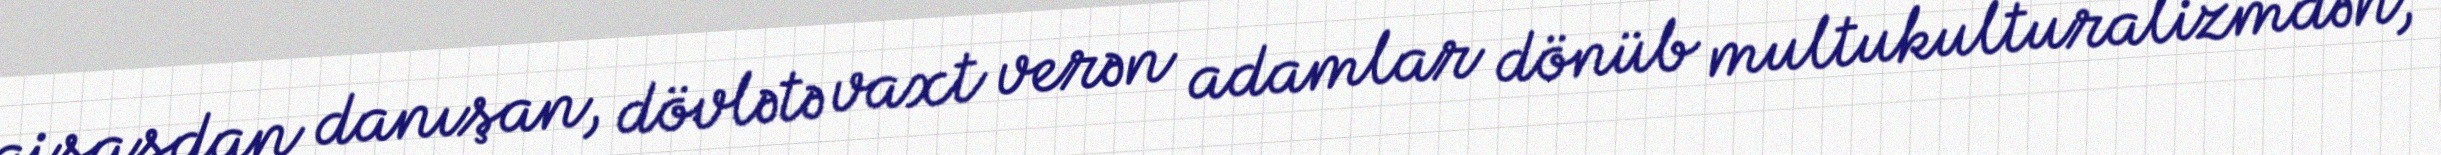
qisasdan danışan, dövlətə vaxt verən adamlar dönüb multukulturalizmdən,